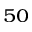
_ { 5 0 }